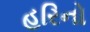
હરિનો